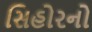
સિહોરનો